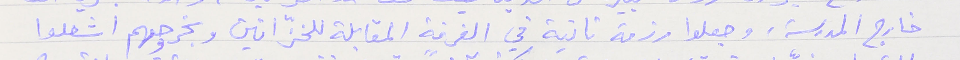
خارج المدرسة، وجعلوا رزمة ثانية في الغرفة المقابلة للخزّانين وبخروجهم اشعلوا